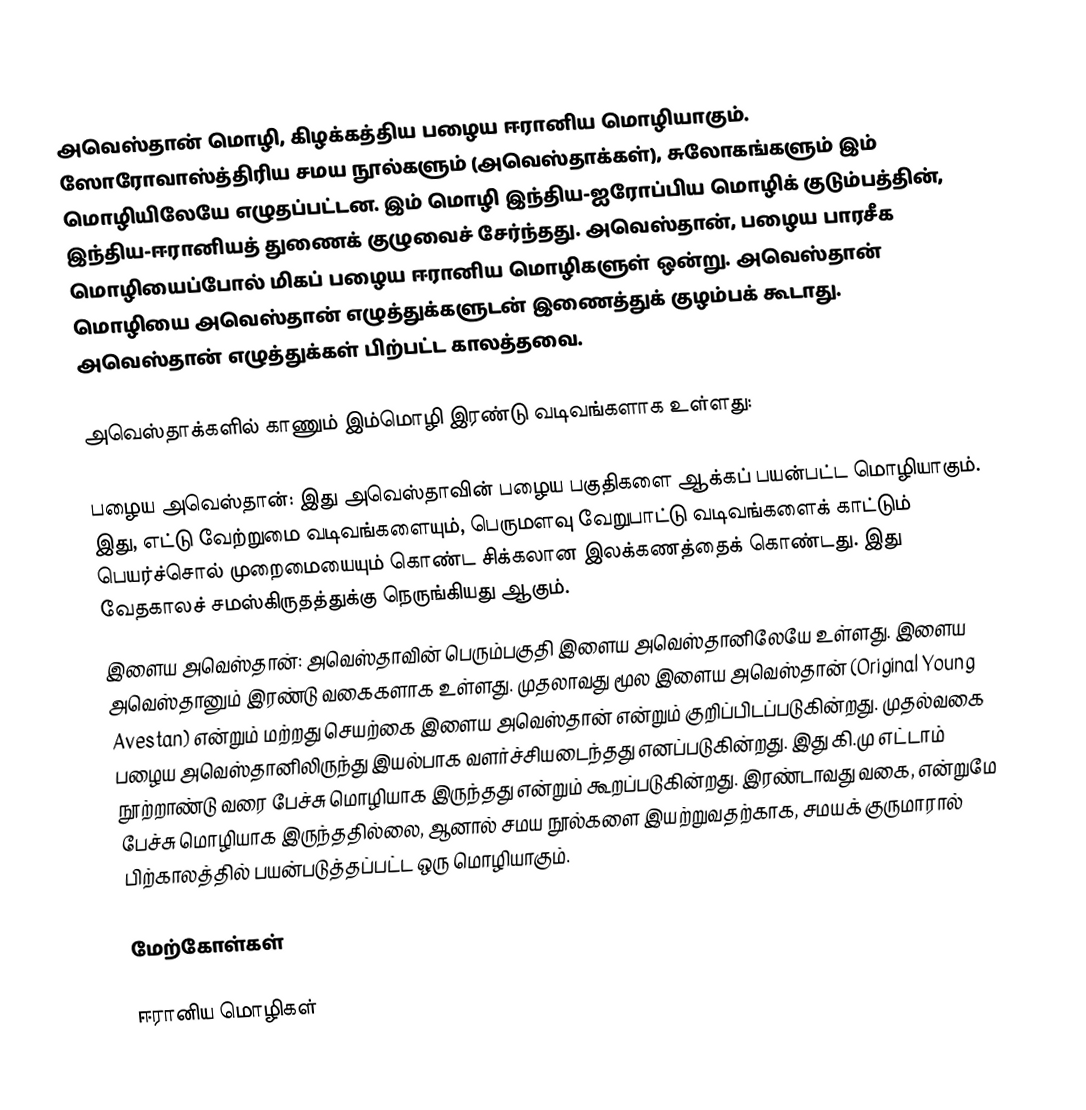
அவெஸ்தான் மொழி, கிழக்கத்திய பழைய ஈரானிய மொழியாகும். ஸோரோவாஸ்த்திரிய சமய நூல்களும் (அவெஸ்தாக்கள்), சுலோகங்களும் இம் மொழியிலேயே எழுதப்பட்டன. இம் மொழி இந்திய-ஐரோப்பிய மொழிக் குடும்பத்தின், இந்திய-ஈரானியத் துணைக் குழுவைச் சேர்ந்தது. அவெஸ்தான், பழைய பாரசீக மொழியைப்போல் மிகப் பழைய ஈரானிய மொழிகளுள் ஒன்று. அவெஸ்தான் மொழியை அவெஸ்தான் எழுத்துக்களுடன் இணைத்துக் குழம்பக் கூடாது. அவெஸ்தான் எழுத்துக்கள் பிற்பட்ட காலத்தவை.

அவெஸ்தாக்களில் காணும் இம்மொழி இரண்டு வடிவங்களாக உள்ளது:

 பழைய அவெஸ்தான்: இது அவெஸ்தாவின் பழைய பகுதிகளை ஆக்கப் பயன்பட்ட மொழியாகும். இது, எட்டு வேற்றுமை வடிவங்களையும், பெருமளவு வேறுபாட்டு வடிவங்களைக் காட்டும் பெயர்ச்சொல் முறைமையையும் கொண்ட சிக்கலான இலக்கணத்தைக் கொண்டது. இது வேதகாலச் சமஸ்கிருதத்துக்கு நெருங்கியது ஆகும்.
 இளைய அவெஸ்தான்: அவெஸ்தாவின் பெரும்பகுதி இளைய அவெஸ்தானிலேயே உள்ளது. இளைய அவெஸ்தானும் இரண்டு வகைகளாக உள்ளது. முதலாவது மூல இளைய அவெஸ்தான் (Original Young Avestan) என்றும் மற்றது செயற்கை இளைய அவெஸ்தான் என்றும் குறிப்பிடப்படுகின்றது. முதல்வகை பழைய அவெஸ்தானிலிருந்து இயல்பாக வளர்ச்சியடைந்தது எனப்படுகின்றது. இது கி.மு எட்டாம் நூற்றாண்டு வரை பேச்சு மொழியாக இருந்தது என்றும் கூறப்படுகின்றது. இரண்டாவது வகை, என்றுமே பேச்சு மொழியாக இருந்ததில்லை, ஆனால் சமய நூல்களை இயற்றுவதற்காக, சமயக் குருமாரால் பிற்காலத்தில் பயன்படுத்தப்பட்ட ஒரு மொழியாகும்.

மேற்கோள்கள்

ஈரானிய மொழிகள்